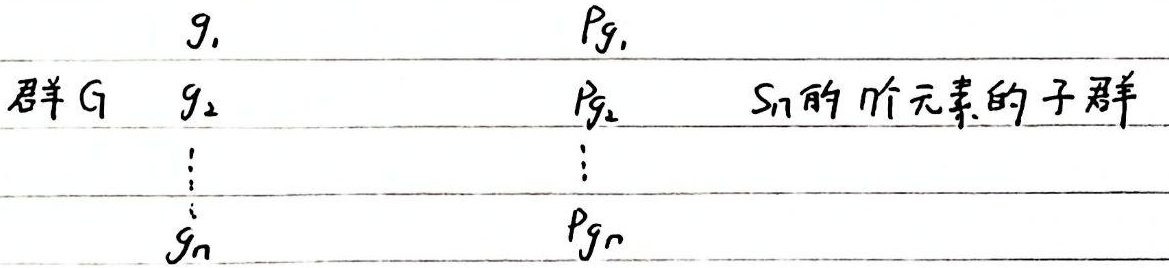
群\(G\)
\[
\begin{tabular}{cccc}
\(g_1\) & \(Pg_1\) \\
\(g_2\) & \(Pg_2\) \\
\(\vdots\) & \(\vdots\) \\
\(g_n\) & \(Pg_n\)
\end{tabular}
\]
是\(S_n\)的\(n\)个元素的子群。